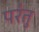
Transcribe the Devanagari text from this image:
पर॑तु